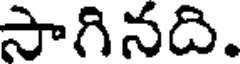
సాగినది.